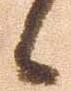
候